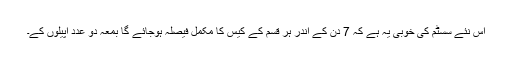
اس نئے سسٹم کی خوبی یہ ہے کہ 7 دن کے اندر ہر قسم کے کیس کا مکمل فیصلہ ہوجائے گا بمعہ دو عدد اپیلوں کے۔